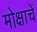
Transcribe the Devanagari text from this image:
मोक्षाचें